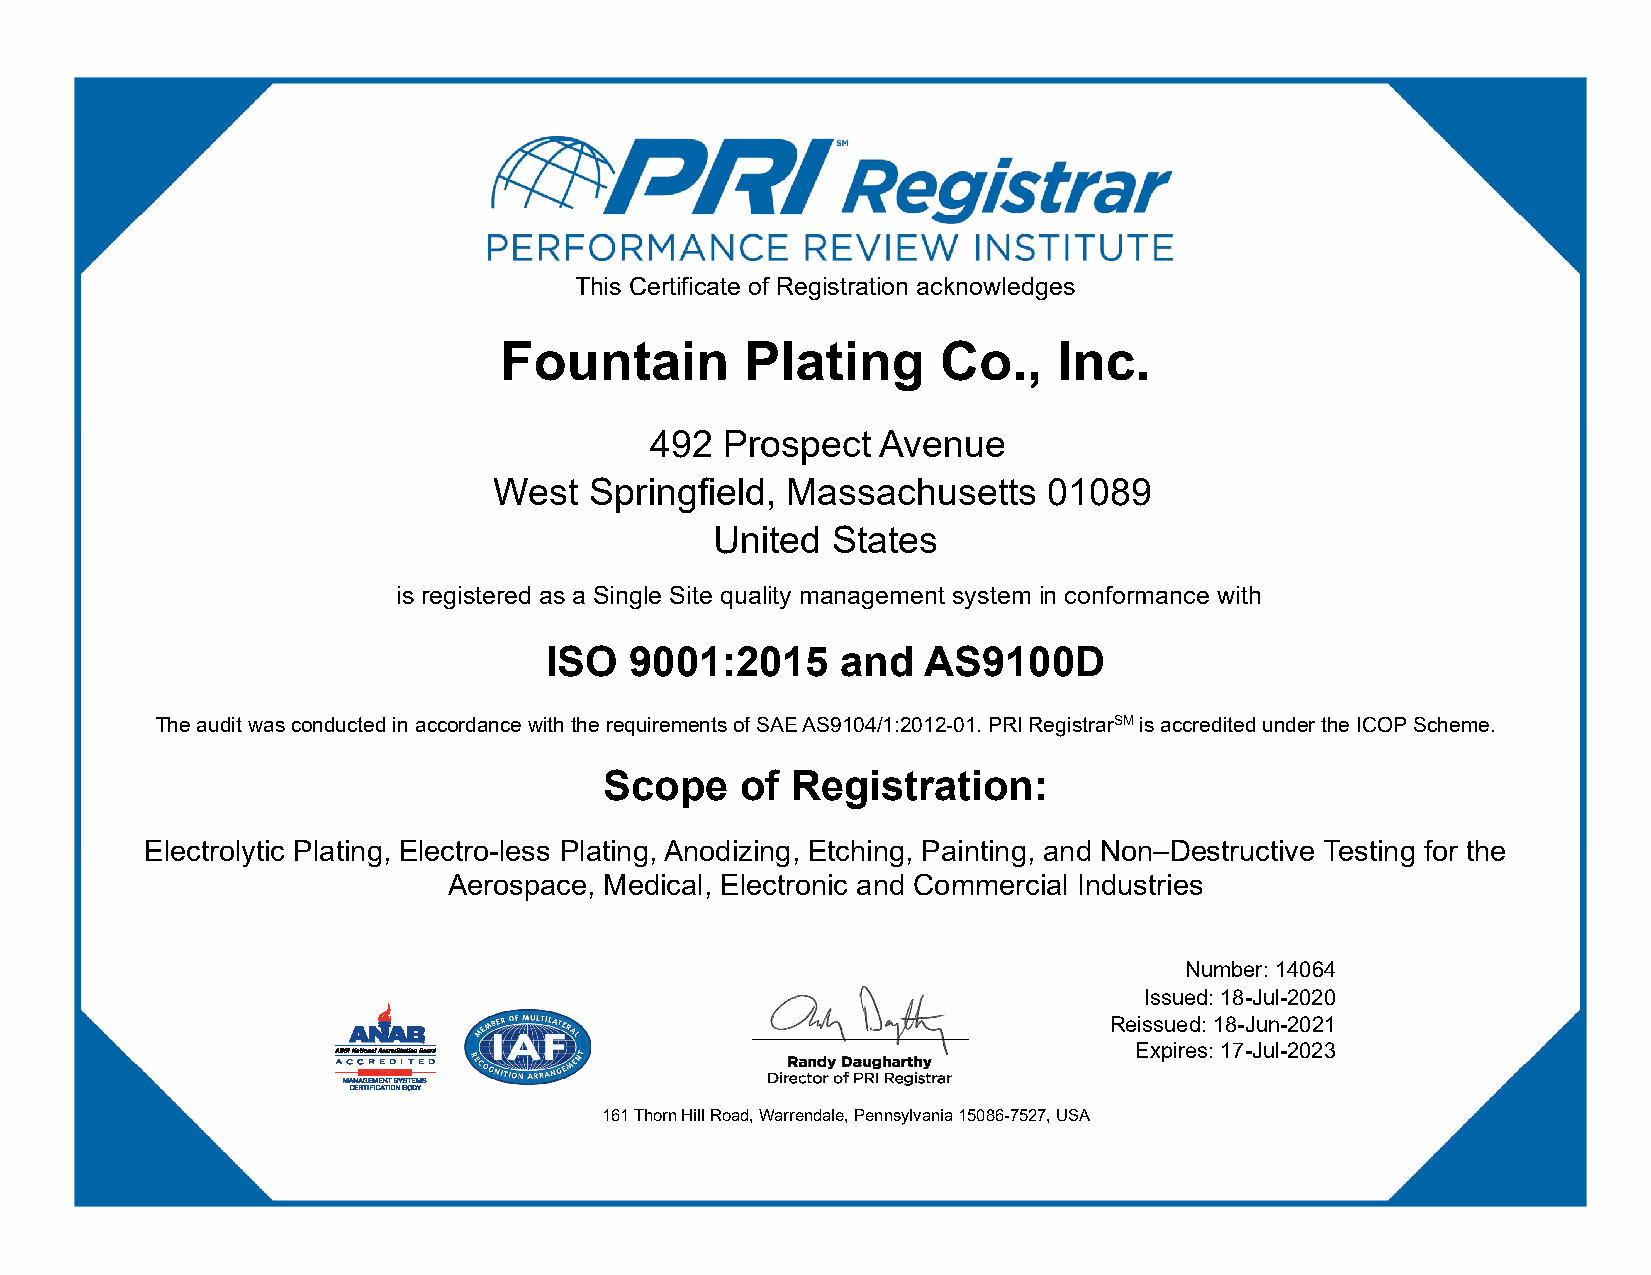
This Certificate of Registration acknowledges
 Fountain        Plating      Co.,    Inc.
 492  Prospect  Avenue
 West  Springfield, Massachusetts    01089
 United  States
 is registered as a Single Site quality management system in conformance with
 ISO   9001:2015     and  AS9100D
 The audit was conducted in accordance with the requirements of SAE AS9104/1:2012-01. PRI RegistrarSM is accredited under the ICOP Scheme.
 Scope    of Registration:
 Electrolytic Plating, Electro-less Plating, Anodizing, Etching, Painting, and Non–Destructive Testing for the
 Aerospace, Medical, Electronic and Commercial Industries
 Number: 14064
 Issued: 18-Jul-2020
 Reissued: 18-Jun-2021
 Expires: 17-Jul-2023
 161 Thorn Hill Road, Warrendale, Pennsylvania 15086-7527, USA